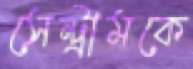
সেন্ট্রামকে